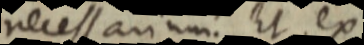
necessarium. Et ex